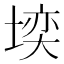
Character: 𪣼